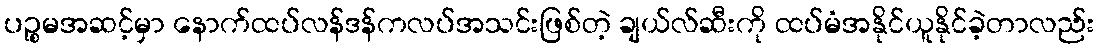
ပဉ္စမအဆင့်မှာ နောက်ထပ်လန်ဒန်ကလပ်အသင်းဖြစ်တဲ့ ချယ်လ်ဆီးကို ထပ်မံအနိုင်ယူနိုင်ခဲ့တာလည်း